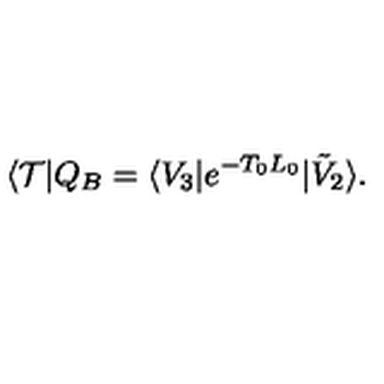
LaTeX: \langle \mathcal { T } | Q _ { B } = \langle V _ { 3 } | e ^ { - T _ { 0 } L _ { 0 } } | \tilde { V } _ { 2 } \rangle .